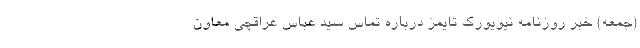
(جمعه) خبر روزنامه نیویورک تایمز درباره تماس سید عباس عراقچی معاون